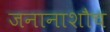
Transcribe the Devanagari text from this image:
जनानाशौच